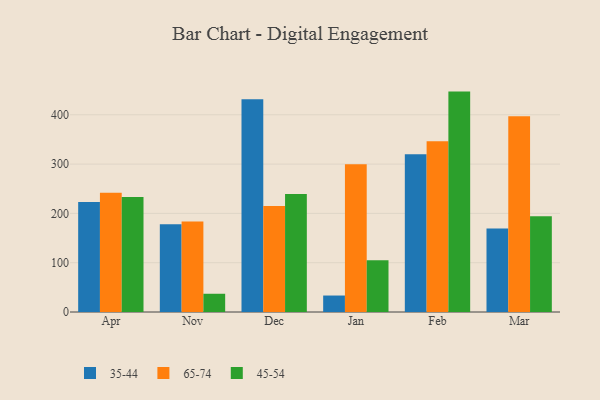
{"axis": {"x": "Month", "y": "Humidity (%)"}, "legend": ["35-44", "45-54", "65-74"], "data": [{"x": "Apr", "y": 223.0, "type": "35-44"}, {"x": "Apr", "y": 242.1, "type": "65-74"}, {"x": "Apr", "y": 233.4, "type": "45-54"}, {"x": "Nov", "y": 177.8, "type": "35-44"}, {"x": "Nov", "y": 183.5, "type": "65-74"}, {"x": "Nov", "y": 37.0, "type": "45-54"}, {"x": "Dec", "y": 431.4, "type": "35-44"}, {"x": "Dec", "y": 215.0, "type": "65-74"}, {"x": "Dec", "y": 239.1, "type": "45-54"}, {"x": "Jan", "y": 33.4, "type": "35-44"}, {"x": "Jan", "y": 299.8, "type": "65-74"}, {"x": "Jan", "y": 105.2, "type": "45-54"}, {"x": "Feb", "y": 319.8, "type": "35-44"}, {"x": "Feb", "y": 346.3, "type": "65-74"}, {"x": "Feb", "y": 447.0, "type": "45-54"}, {"x": "Mar", "y": 169.5, "type": "35-44"}, {"x": "Mar", "y": 396.8, "type": "65-74"}, {"x": "Mar", "y": 194.0, "type": "45-54"}]}